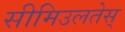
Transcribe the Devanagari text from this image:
सीमिउलतेस्